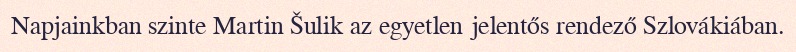
Napjainkban szinte Martin Šulik az egyetlen jelentős rendező Szlovákiában.